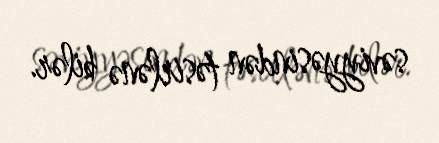
səviyyəsindən təsirlənə bilər.